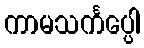
ကာမသင်္ကပ္ပေါ